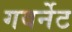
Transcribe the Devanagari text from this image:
गवर्नेट